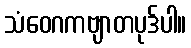
သံဝေဂကဗျာတပုဒ်ပါ။